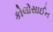
કોલોસાઈન